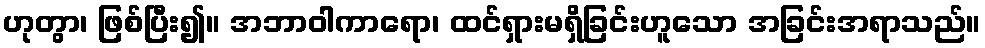
ဟုတွာ၊ ဖြစ်ပြီး၍။ အဘာဝါကာရော၊ ထင်ရှားမရှိခြင်းဟူသော အခြင်းအရာသည်။